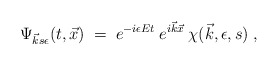
\begin{align*}\Psi_{\vec{k} s \epsilon}(t, \vec{x}) \;=\; e^{-i \epsilon Et}\:e^{i \vec{k} \vec{x}} \: \chi(\vec{k}, \epsilon, s) \;, \end{align*}